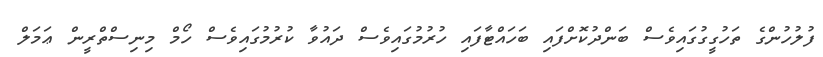
ފުލުހުންގެ ތަހުގީގުގައިވެސް ބަންދުކޮށްފައި ބަހައްޓާފައި ހުރުމުގައިވެސް ދައުވާ ކުރުމުގައިވެސް ހޯމް މިނިސްތްރީން ޢަމަލް